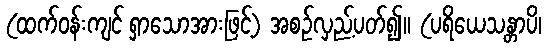
(ထက်ဝန်းကျင် ရှာသောအားဖြင့်) အစဉ်လှည့်ပတ်၍။ (ပရိယေသန္တာပိ၊